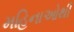
મહિનાઓથી